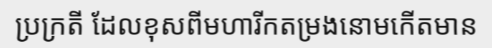
ប្រក្រតី ដែលខុសពីមហារីកតម្រងនោមកើតមាន